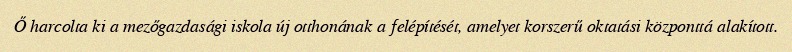
Ő harcolta ki a mezőgazdasági iskola új otthonának a felépítését, amelyet korszerű oktatási központtá alakított.